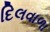
દિલવાળા